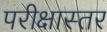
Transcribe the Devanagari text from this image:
परीक्षास्तर